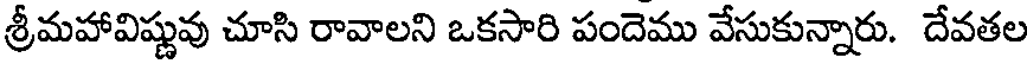
శ్రీమహావిష్ణువు చూసి రావాలని ఒకసారి పందెము వేసుకున్నారు. దేవతల